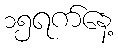
၁၅ရက်နေ့